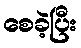
စေခဲ့ပြီး